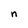
Character: n